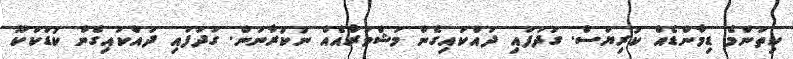
ކިތަންމެ ޑިމާންޑެއް ކުރިޔަސް. ގަދަފައި ދައްކައިގެން މަޝްވަރާއެއް ނުކުރާނަން. ގަދަފައި ދައްކައިގެން ކުޑަކަކޫ